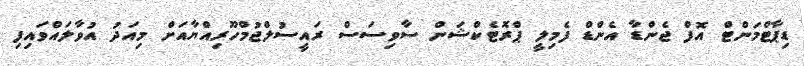
ޑިޕާޓްމަންޓް އޮފް ޖެންޑާ އެންޑް ފެމިލީ ޕްރޮޓެކްޝަން ސާވިސަސް ރައީސުލްޖުމްހޫރިއްޔާއަށް މިއަދު އުވާލައްވައިފި